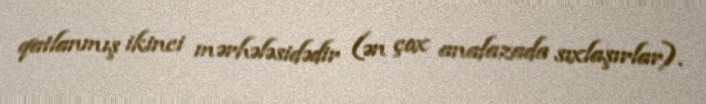
qatlanmış ikinci mərhələsidədir (ən çox anafazada sıxlaşırlar).